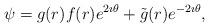
LaTeX: \begin{align*}\psi= g(r)f(r)e^{2\imath \theta} + \tilde{g}(r)e^{-2\imath \theta},\end{align*}